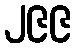
၂၉၉